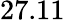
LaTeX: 27.11